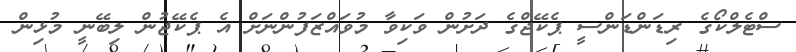
ސްޓެލްކޯގެ ރިޑަންޑަންސީ ޕެކޭޖްގެ ދަށުން ވަކިވާ މުވައްޒަފުންނަށް އެ ޕެކޭޖުން ލިބޭނީ މުޅިން